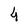
Character: 4